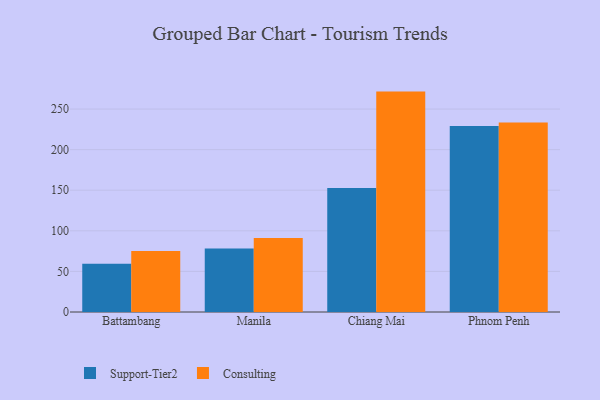
{"axis": {"x": "City", "y": "Headcount"}, "legend": ["Consulting", "Support-Tier2"], "data": [{"x": "Battambang", "y": 59.3, "type": "Support-Tier2"}, {"x": "Battambang", "y": 75.1, "type": "Consulting"}, {"x": "Manila", "y": 78.2, "type": "Support-Tier2"}, {"x": "Manila", "y": 91.1, "type": "Consulting"}, {"x": "Chiang Mai", "y": 152.9, "type": "Support-Tier2"}, {"x": "Chiang Mai", "y": 271.5, "type": "Consulting"}, {"x": "Phnom Penh", "y": 229.2, "type": "Support-Tier2"}, {"x": "Phnom Penh", "y": 233.3, "type": "Consulting"}]}